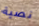
نصية